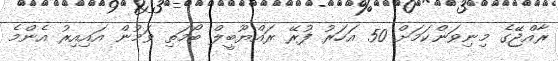
ރާއްޖޭގެ މިނިވަންކަމަށް 50 އަހަރު ފުރޭ ރައްޔޫބީލް ބޯމަތި ވަމުން އައިއިރު އެންމެ